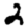
Digit: 2